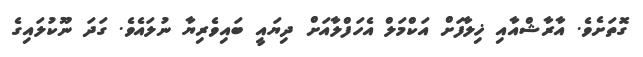
ގޮތަށެވެ. އާރާޝްއާއި ޚިލާފަށް އަކްމަލް އެހަފްލާއަށް ދިޔައީ ބައިވެރިޔާ ނުލައެވެ. ގަދަ ނޫކުލައިގެ